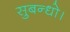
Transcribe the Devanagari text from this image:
सुबन्‍धो।